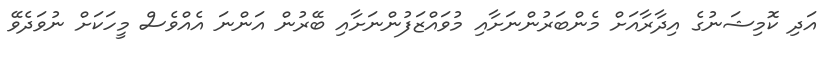
އަދި ކޮމިޝަނުގެ އިދާރާއަށް މެންބަރުންނަށާއި މުވައްޒަފުންނަށާއި ބޭރުން އަންނަ އެއްވެސް މީހަކަށް ނުވަދެވޭ